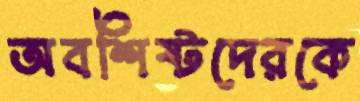
অবশিষ্টদেরকে